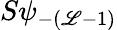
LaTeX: S\psi_{-(\mathscr{L}-1)}